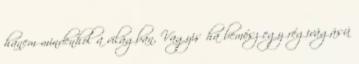
hanem mindenhol a világban. Vagyis ha bemész egy régivágású